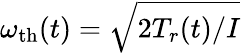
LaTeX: \omega_{\mathrm{th}}(t)=\sqrt{{2T_{r}(t)}{/I}}